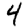
Digit: 4